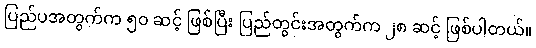
ပြည်ပအတွက်က ၅၀ ဆင့် ဖြစ်ပြီး ပြည်တွင်းအတွက်က ၂၈ ဆင့် ဖြစ်ပါတယ်။